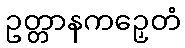
ဥတ္တာနကဉှေတံ